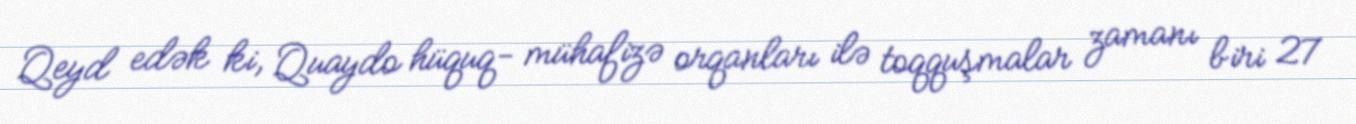
Qeyd edək ki, Quaydo hüquq- mühafizə orqanları ilə toqquşmalar zamanı biri 27